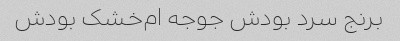
برنج سرد بودش جوجه ام‌خشک بودش